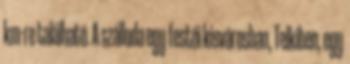
km-re található. A szálloda egy festői kisvárosban, Telkiben, egy